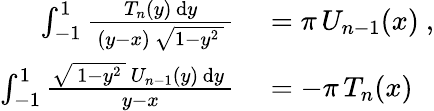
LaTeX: \begin{array}{rl}{\int_{-1}^{1}{\frac{T_{n}(y)\, \mathrm{d}y}{\, (y-x)\, {\sqrt{1-y^{2}\, }}\, }}}&{{}=\pi\, U_{n-1}(x)~,}\\ {\int_{-1}^{1}{\frac{{\sqrt{\, 1-y^{2}\, }}\, U_{n-1}(y)\, \mathrm{d}y\, }{y-x}}}&{{}=-\pi\, T_{n}(x)}\end{array}